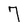
Character: 7